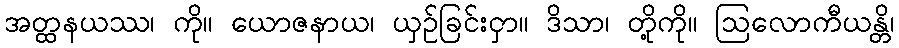
အတ္ထနယဿ၊ ကို။ ယောဇနာယ၊ ယှဉ်ခြင်းငှာ။ ဒိသာ၊ တို့ကို။ ဩလောကီယန္တိ၊